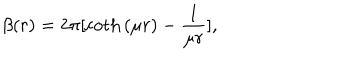
LaTeX: \beta ( r ) = { 2 \pi } [ \coth { ( \mu r ) } - \frac { 1 } { \mu r } ] ,